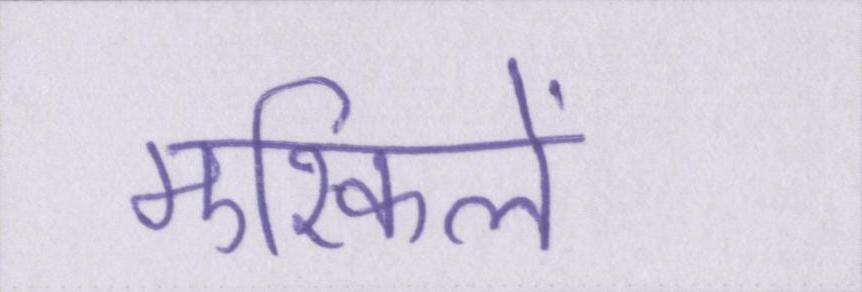
मुश्किलें